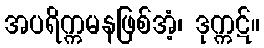
အပရိက္ကမနဖြစ်အံ့၊ ဒုက္ကဋ်။